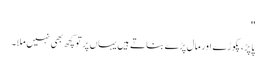
''
پاپڑ، پکوڑے اور مال پڑے بناتے ہیں یہاں پر تو کچھ بھی نہیں ملا۔